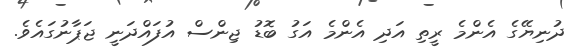
ދުނިޔޭގެ އެންމެ ރީތި އަދި އެންމެ އަގު ބޮޑު ޖިންސް އުފައްދަނީ ޖަޕާނުގައެވެ.